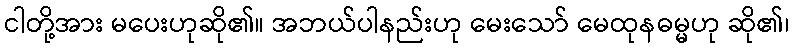
ငါတို့အား မပေးဟုဆို၏။ အဘယ်ပါနည်းဟု မေးသော် မေထုနဓမ္မဟု ဆို၏၊